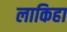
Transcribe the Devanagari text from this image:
लाकिहा